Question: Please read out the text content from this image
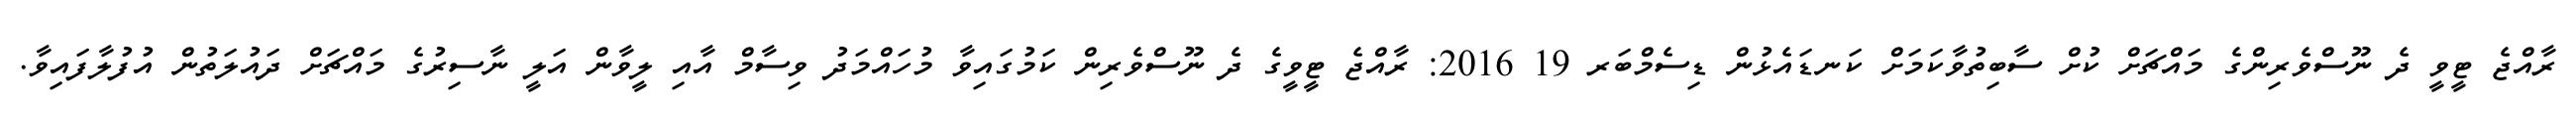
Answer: ރާއްޖެ ޓީވީ ދެ ނޫސްވެރިންގެ މައްޗަށް ކުށް ސާބިތުވާކަމަށް ކަނޑައެޅުން ޑިސެމްބަރ 19 2016: ރާއްޖެ ޓީވީގެ ދެ ނޫސްވެރިން ކަމުގައިވާ މުހައްމަދު ވިސާމް އާއި ލީވާން އަލީ ނާސިރުގެ މައްޗަށް ދައުލަތުން އުފުލާފައިވާ.